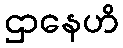
ဌာနေဟိ